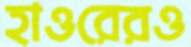
হাওরেরও